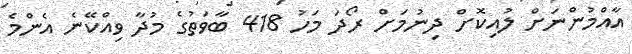
އާއްމުންނަށް ލުއިކޮށް ދިނުމަށް ރޯދަ މަހު 418 ބާވަތުގެ މުދާ ވިއްކޭނެ އެންމެ